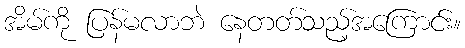
အိမ်ကို ပြန်မလာဘဲ နေတတ်သည့်အကြောင်း။